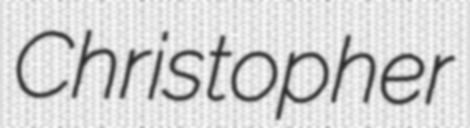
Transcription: Christopher